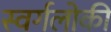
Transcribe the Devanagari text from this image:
स्वर्गलोकी